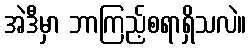
အဲဒီမှာ ဘာကြည့်စရာရှိသလဲ။